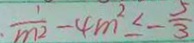
\frac { 1 } { m ^ { 2 } } - 4 m ^ { 2 } \leq - \frac { 5 } { 3 }